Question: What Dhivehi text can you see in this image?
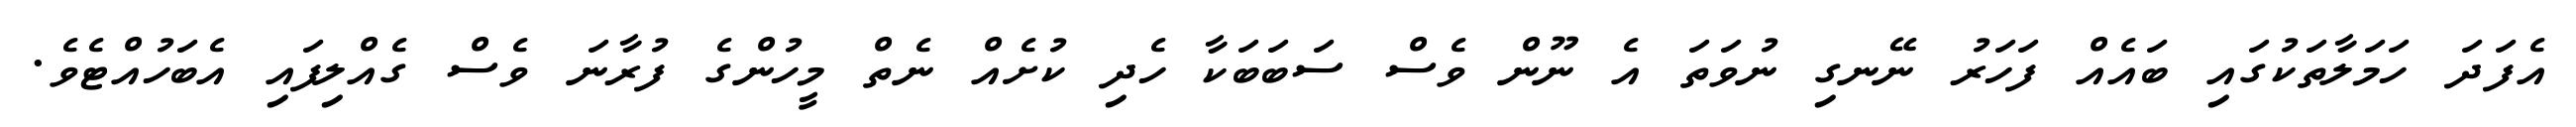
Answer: އެފަދަ ހަމަލާތަކުގައި ބައެއް ފަހަރު ނޭނގި ނުވަތަ އެ ނޫން ވެސް ސަބަބަކާ ހެދި ކުށެއް ނެތް މީހުންގެ ފުރާނަ ވެސް ގެއްލިފައި އެބަހުއްޓެވެ.